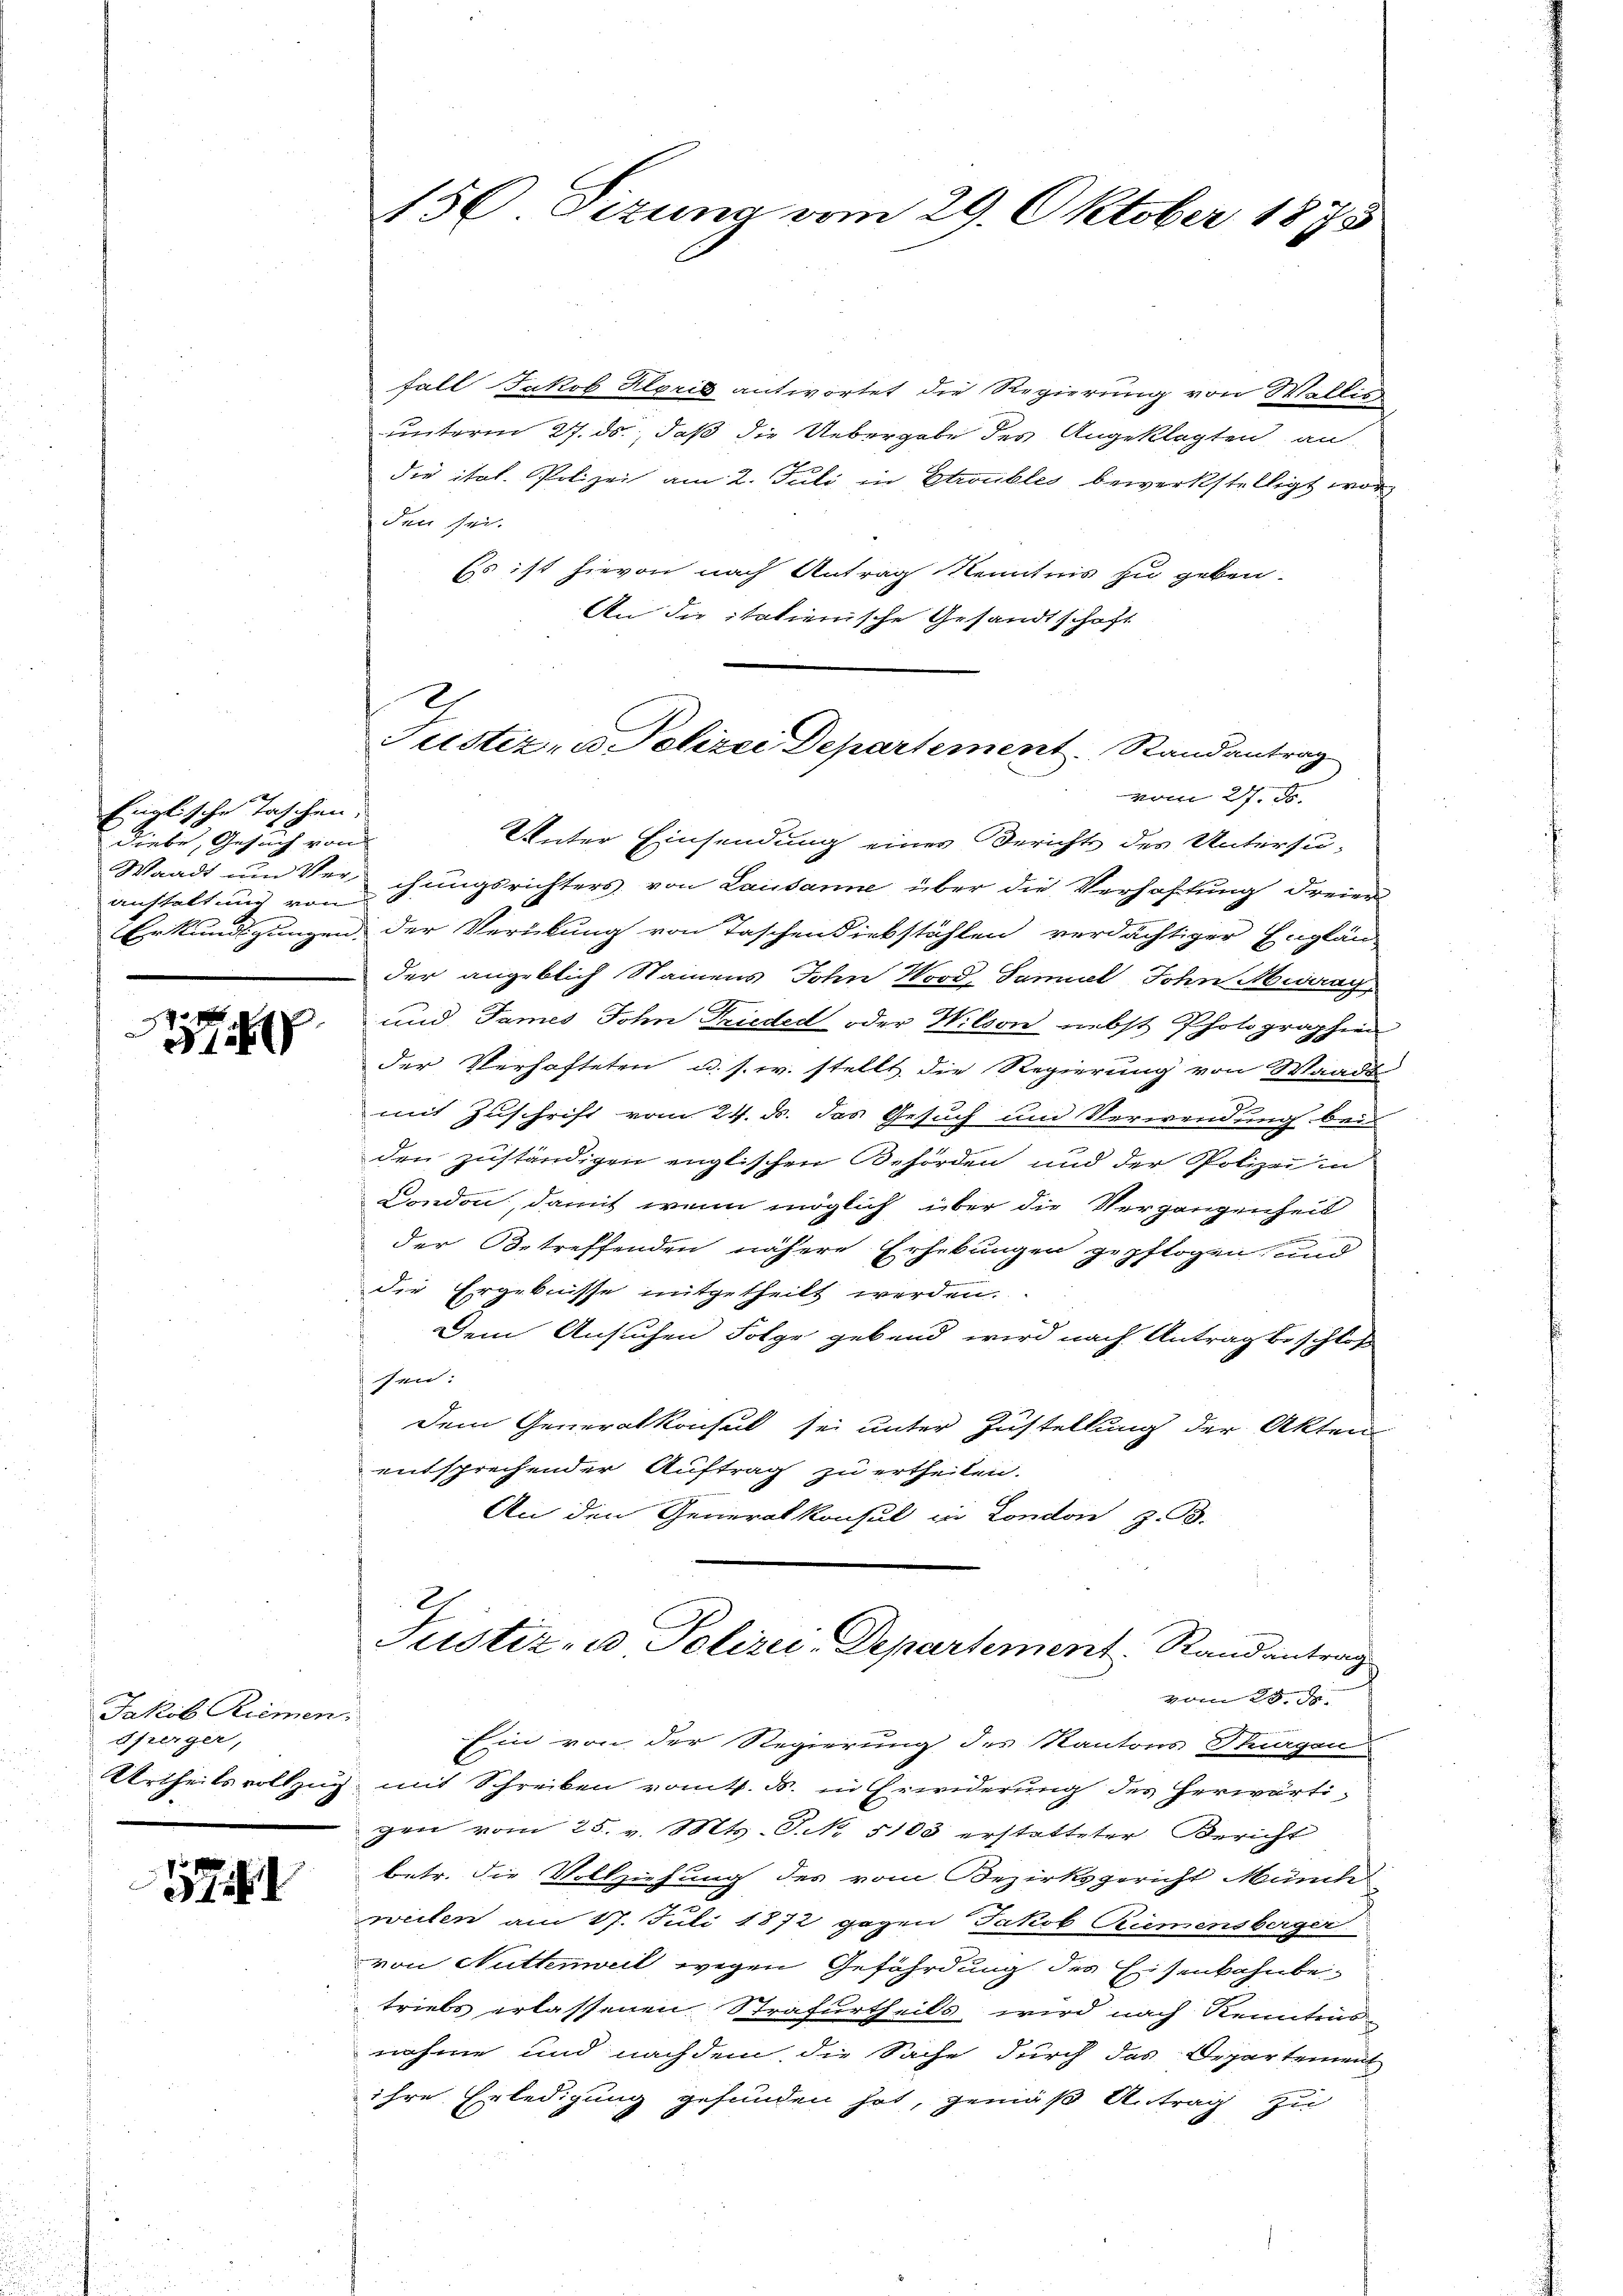
Englische Taschen.
Diebe, Gesuch von
anstaltung von

Jakob Riemen,
dfeinger,
Urtheils vollzug

57

156 Sizung vom 29. Oktober 188

fall Jakob Klprig antwortet die Regierung von Wallis
unterm 27. ds., daß die Uebergabe des Angeklagten, an
die ital. Polizei am 2. Juli in Etroubles bewerkstelligt worden sei.
Es ist hievon nach Antrag Kenntnis zu geben.
An die italienische Gesandtschaft
vom 27. ds.
Unter Einsendung eines Berichts des Untersu¬
Waadt um Verchungsrichters von Lausanne über die Verhaftung dreien
Erkundigungen der Verübung von Taschendiebstählen verdächtiger Englän
der angeblich Stainens John Wood, Samuel John Abway
und James Sohn Frieder oder Wilson nebst Photographien
d
der Verhafteten u. s. w. stellt die Regierung von Waadt
mit Zuschrift vom 24. ds. das Gesuch und Verwendung bei
den zuständigen englischen Behörden und der Polizei in
Condon, damit wenn möglich über die Vergangenheit
der Betreffenden nähere Erhebungen gepflogen, und
die Ergebnisse mitgetheilt werden.
Dem Ansuchen Folge gebend wird nach Antrag beschloß
sen:
Dem Generalkonsul sei unter Zustellung der Akten
entsprechender Auftrag zu ertheilen.
An den Generalkonsul in London, z. B.
21
Justiz- u Polizei-Departement. Randantrag
vom 25. J
Ein von der Regierung des Kantons Stuargau
mit Schreiben vom 4. M. in Erwiderung des herwärtigen vom 25. v. Mts. S. 5103 erstatteter Bericht
betr. die Vollziehung des vom Bezirksgericht Münch
zweiten am 17. Juli 1872 gegen Jakob Riemensberger
von Nüttenweil wegen Gefährdung des Eisenbahnbetriebs erlassenen Strafurtheils wird nach Kenntnis
nahme und nachdem die Sache durch das Departement
ihre Erledigung gefunden hat, gemäß Antrag zu

Justiz, in Polizei Departement. Randantrag